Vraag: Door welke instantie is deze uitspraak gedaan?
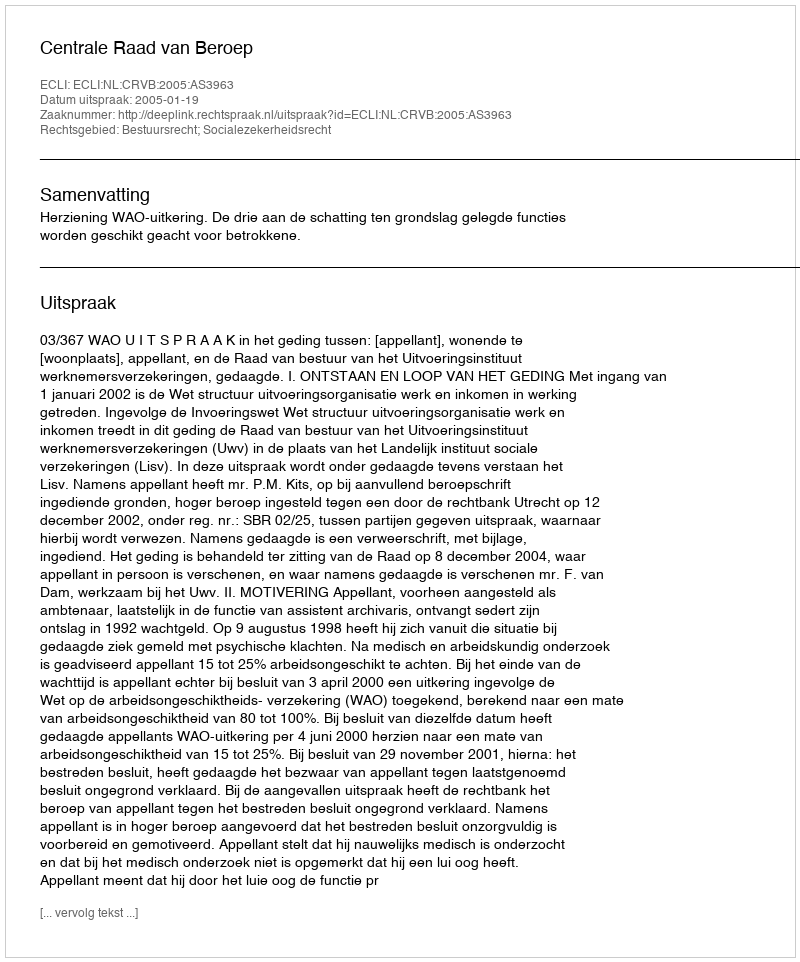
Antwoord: Centrale Raad van Beroep